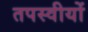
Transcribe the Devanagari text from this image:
तपस्वीयों